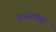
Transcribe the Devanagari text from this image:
शास्त्रांसह